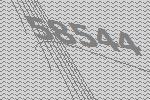
58544